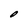
Character: O